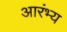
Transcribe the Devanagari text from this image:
आरंभ्य